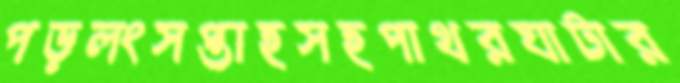
পড়লংসপ্তাহসহপাথরঘাটার